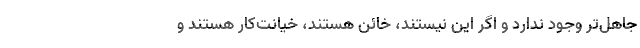
جاهل‌تر وجود ندارد و اگر این نیستند، خائن هستند، خیانت‌کار هستند و